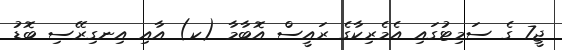
ޖީ7 ގެ ސަމިޓުގައި އެމެރިކާގެ ރައީސް އޮބާމާ (ކ) އާއި އިނގިރޭސި ބޮޑު